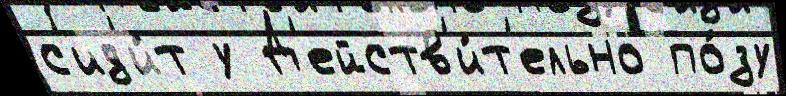
с'ид'и́т у Д'ейств'и́т'ельно по́зу